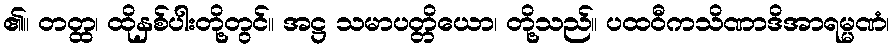
၏။ တတ္ထ၊ ထိုနှစ်ပါးတို့တွင်။ အဋ္ဌ သမာပတ္တိယော၊ တို့သည်။ ပထဝီကသိဏာဒိအာရမ္မဏံ၊